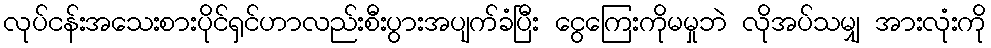
လုပ်ငန်းအသေးစားပိုင်ရှင်ဟာလည်းစီးပွားအပျက်ခံပြီး ငွေကြေးကိုမမှုဘဲ လိုအပ်သမျှ အားလုံးကို